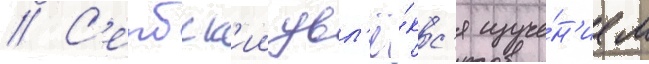
// С'ербск'ии увл'ё́кс'я изуче́н'ием